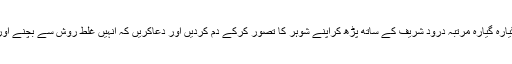
شوہر کی غیر عورتوں میں دلچسپی رات سونے سے پہلے 101 مرتبہ سورہ والشمس (91) کی آیات 9ت 7گیارہ گیارہ مرتبہ درود شریف کے ساتھ پڑھ کراپنے شوہر کا تصور کرکے دم کردیں اور دعاکریں کہ انہیں غلط روش سے بچنے اور صحیح راستے پر چلنے کی ہدایت نصیب ہو اوربیوی کے سب حقوق اچھی طرح اداکرنے کی توفیق عطا ہو۔